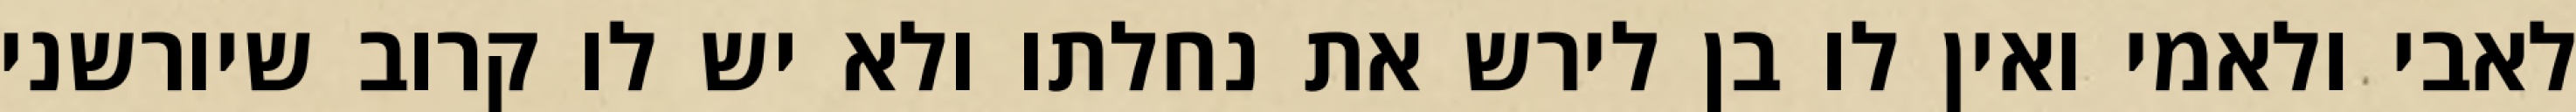
לאבי ולאמי ואין לו בן לירש את נחלתו ולא יש לו קרוב שיורשני